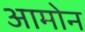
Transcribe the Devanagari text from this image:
आमोन